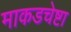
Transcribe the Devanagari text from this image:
माकडचेष्टा